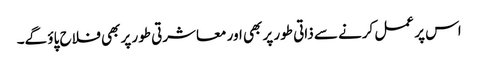
اس پر عمل کرنے سے ذاتی طور پر بھی اور معاشرتی طور پر بھی فلاح پاؤ گے۔